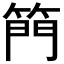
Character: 𮅘